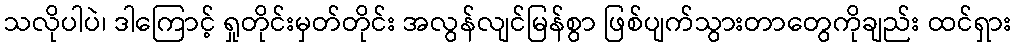
သလိုပါပဲ၊ ဒါကြောင့် ရှုတိုင်းမှတ်တိုင်း အလွန်လျင်မြန်စွာ ဖြစ်ပျက်သွားတာတွေကိုချည်း ထင်ရှား